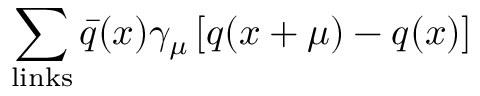
\sum _ { \mathrm { l i n k s } } \bar { q } ( x ) \gamma _ { \mu } \left[ q ( x + \mu ) - q ( x ) \right]